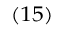
_ { ( 1 5 ) }